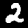
Digit: 2